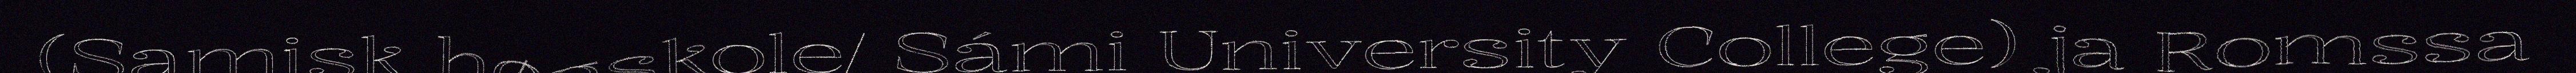
(Samisk høgskole/ Sámi University College) ja Romssa